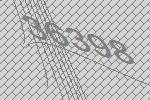
36398